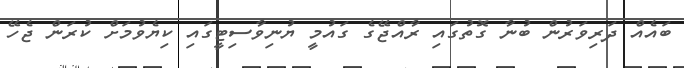
ބައެއް ދަރިވަރުން ބުނާ ގޮތުގައި ރާއްޖޭގެ ގައުމީ ޔުނިވާސިޓީގައި ކިޔެވުމަށް ކުރަން ޖެހޭ